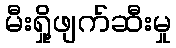
မီးရှို့ဖျက်ဆီးမှု